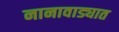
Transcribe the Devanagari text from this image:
नानावाड्यात